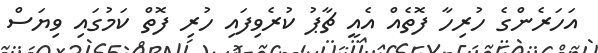
އަހަރެންގެ ހުރިހާ ފޮތެއް އެއީ ޗާޕު ކުރެވިފައި ހުރި ފޮތް ކަމުގައި ވިޔަސް